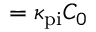
= \kappa _ { \mathrm { p i } } C _ { 0 }